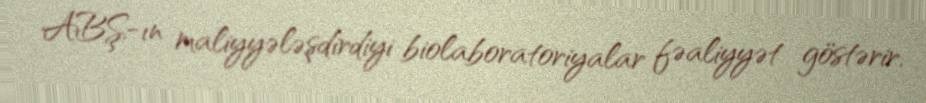
ABŞ-ın maliyyələşdirdiyi biolaboratoriyalar fəaliyyət göstərir.